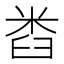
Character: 𱼯